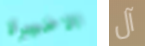
الاخيرة آل